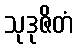
သုဒုဇိတံ